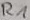
Text: R1